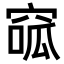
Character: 𥦫